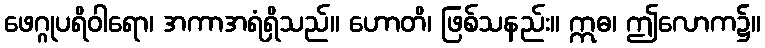
ဖေဂ္ဂုပရိဝါရော၊ အကာအရံရှိသည်။ ဟောတိ၊ ဖြစ်သနည်း။ ဣဓ၊ ဤလောက၌။